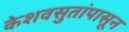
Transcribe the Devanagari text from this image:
केशवसुतांपासून